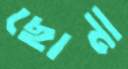
ছোনা